Rangoon Lunatic Asylum 1878-1892 - 1878-1892
Year: 1878
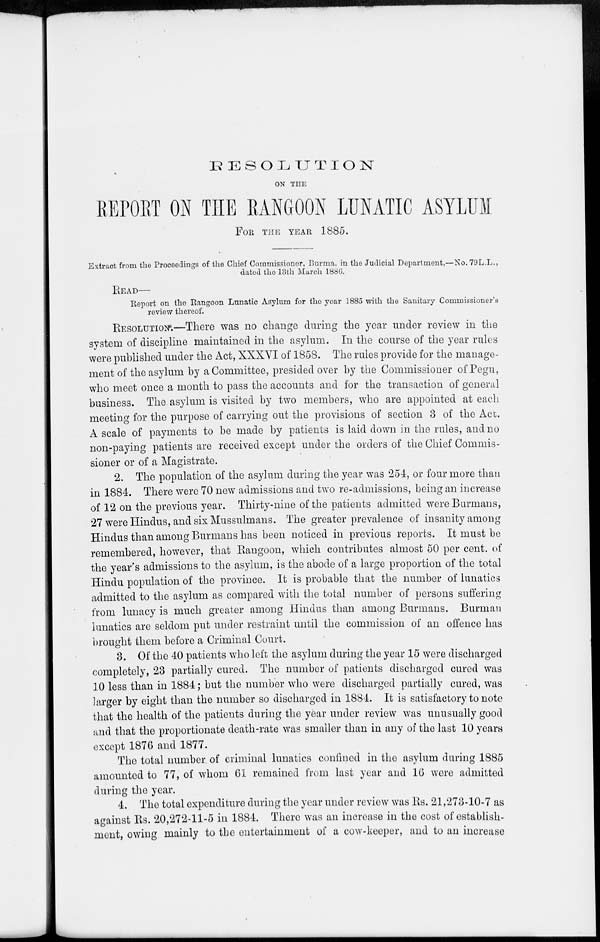
RESOLUTION
ON THE
REPORT ON THE RANGOON LUNATIC ASYLUM
FOR THE YEAR 1885.
Extract from the Proceedings of the Chief Commissioner, Burma, in the Judicial Department,—No. 79L.L.,
dated the loth March 1880.
READ—
Report on the Rangoon Lunatic Asylum for the year 1885 with the Sanitary Commissioner's
review thereof.
RESOLUTION.—There was no change during the year under review in the
system of discipline maintained in the asylum. In the course of the year rules
were published under the Act, XXXVI of 1858.
The rules provide for the manage-
ment of the asylum by a Committee, presided over by the Commissioner of Pegu,
who meet once a month to pass the accounts and for the transaction of general
business. The asylum is visited by two members, who are appointed at each
meeting for the purpose of carrying out the provisions of section 3 of the Act.
A scale of payments to be made by patients is laid down in the rules, and no
non-paying patients are received except under the orders of the Chief Commis-
sioner or of a Magistrate.
2. The population of the asylum during the year was 254, or four more than
in 1884. There were 70 new admissions and two re-admissions, being an increase
of 12 on the previous year. Thirty-nine of the patients admitted were Burmans,
27 were Hindus, and six Mussulmans. The greater prevalence of insanity among
Hindus than among Burmans has been noticed in previous reports. It must be
remembered, however, that Rangoon, which contributes almost 50 per cent. of
the year's admissions to the asylum, is the abode of a large proportion of the total
Hindu population of the province. It is probable that the number of lunatics
admitted to the asylum as compared with the total number of persons suffering
from lunacy is much greater among Hindus than among Burmans. Burman
lunatics are seldom put under restraint until the commission of an offence has
brought them before a Criminal Court.
3. Of the 40 patients who left the asylum during the year 15 were discharged
completely, 23 partially cured. The number of patients discharged cured was
10 less than in 1884; but the number who were discharged partially cured, was
larger by eight than the number so discharged in 1884. It is satisfactory to note
that the health of the patients during the year under review was unusually good
and that the proportionate death-rate was smaller than in any of the last 10 years
except 1876 and 1877.
The total number of criminal lunatics confined in the asylum during 1885
amounted to 77, of whom 61 remained from last year and 16 were admitted
during the year.
4. The total expenditure during the year under review was Rs. 21,273-10-7 as
against Rs. 20,272-11-5 in 1884. There was an increase in the cost of establish-
ment, owing mainly to the entertainment of a cow-keeper, and to an increase